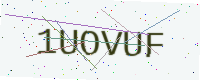
Text: 1UOVUF